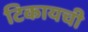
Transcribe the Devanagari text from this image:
टिकायची